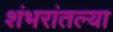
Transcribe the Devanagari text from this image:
शंभरांतल्या